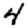
Digit: 4